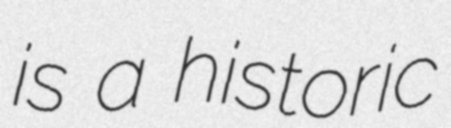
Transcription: is a historic